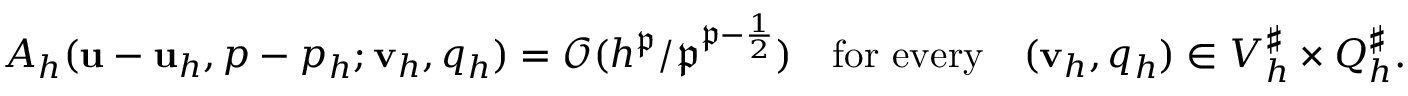
A _ { h } ( \mathbf { u } - \mathbf { u } _ { h } , p - p _ { h } ; \mathbf { v } _ { h } , q _ { h } ) = \mathcal { O } ( { h ^ { \mathfrak { p } } } / { \mathfrak { p } ^ { \mathfrak { p } - \frac { 1 } { 2 } } } ) \quad \mathrm { f o r ~ e v e r y } \quad ( \mathbf { v } _ { h } , q _ { h } ) \in V _ { h } ^ { \sharp } \times Q _ { h } ^ { \sharp } .